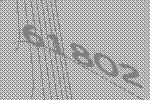
61802